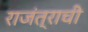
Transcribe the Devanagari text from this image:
राजंत्राची